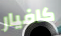
كافيار